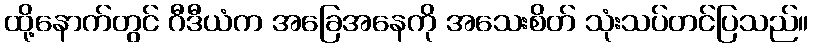
ထို့နောက်တွင် ဂီဒီယံက အခြေအနေကို အသေးစိတ် သုံးသပ်တင်ပြသည်။